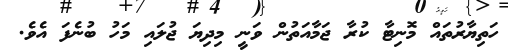
ހަތިޔާރުތައް މޮނިޓާ ކުރާ ޖަމާއަތުން ވަނީ މިދިޔަ ޖުލައި މަހު ބުނެފަ އެވެ.